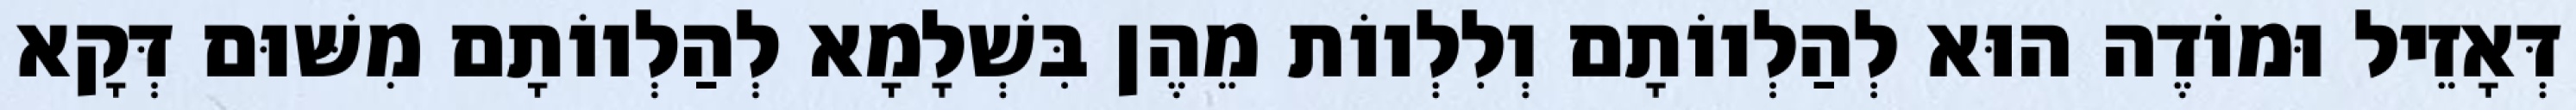
דְּאָזֵיל וּמוֹדֶה הוּא לְהַלְווֹתָם וְלִלְווֹת מֵהֶן בִּשְׁלָמָא לְהַלְווֹתָם מִשּׁוּם דְּקָא